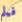
فيلم